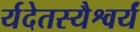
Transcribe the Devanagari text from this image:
र्यदेतस्यैश्वर्यं